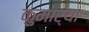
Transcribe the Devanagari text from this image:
कुमार्‍या